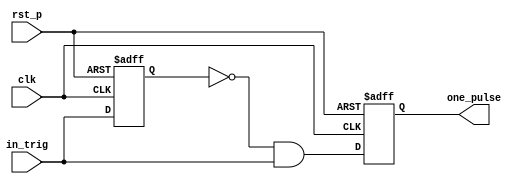
`timescale 1ns / 1ps
//////////////////////////////////////////////////////////////////////////////////
// Company: 
// Engineer: 
// 
// Design Name: 
// Module Name: one_pulse
// Project Name: 
// Target Devices: 
// Tool Versions: 
// Description: 
// 
// Dependencies: 
// 
// Revision:
// Revision 0.01 - File Created
// Additional Comments:
// 
//////////////////////////////////////////////////////////////////////////////////


module one_pulse(
    input in_trig,
    input clk,
    input rst_p,
    output reg one_pulse
    );
    reg in_trig_delay;
    reg one_pulse_next;
    
always @(posedge clk or posedge rst_p)
    if (rst_p)  begin
        in_trig_delay <= 1;
    end
    else in_trig_delay <= in_trig;

always @*
    one_pulse_next <= (~in_trig_delay) && in_trig;

always @(posedge clk or posedge rst_p)
    if (rst_p)  one_pulse <= 0;
    else  one_pulse <= one_pulse_next;

endmodule